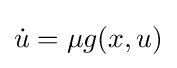
{\dot {u}}=\mu g(x,u)